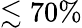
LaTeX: \lesssim 70\%